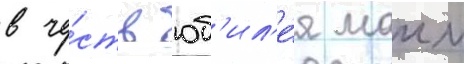
в че́сть юб'ил'е́я маии